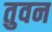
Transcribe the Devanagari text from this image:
तुवन